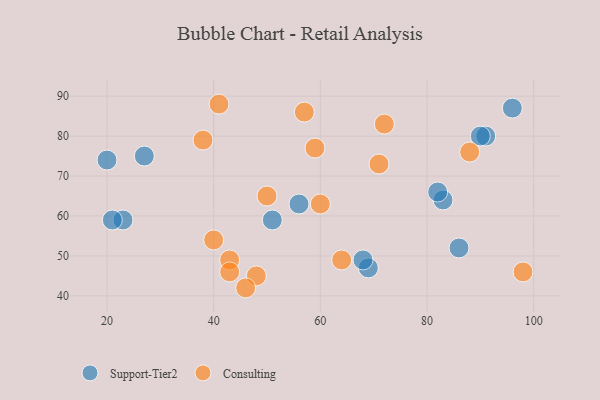
{"axis": {"x": "GDP", "y": "Life Expectancy"}, "legend": ["Consulting", "Support-Tier2"], "data": [{"x": "69", "y": 47, "type": "Support-Tier2"}, {"x": "86", "y": 52, "type": "Support-Tier2"}, {"x": "23", "y": 59, "type": "Support-Tier2"}, {"x": "91", "y": 80, "type": "Support-Tier2"}, {"x": "90", "y": 80, "type": "Support-Tier2"}, {"x": "68", "y": 49, "type": "Support-Tier2"}, {"x": "83", "y": 64, "type": "Support-Tier2"}, {"x": "96", "y": 87, "type": "Support-Tier2"}, {"x": "82", "y": 66, "type": "Support-Tier2"}, {"x": "56", "y": 63, "type": "Support-Tier2"}, {"x": "21", "y": 59, "type": "Support-Tier2"}, {"x": "51", "y": 59, "type": "Support-Tier2"}, {"x": "27", "y": 75, "type": "Support-Tier2"}, {"x": "20", "y": 74, "type": "Support-Tier2"}, {"x": "43", "y": 49, "type": "Consulting"}, {"x": "60", "y": 63, "type": "Consulting"}, {"x": "40", "y": 54, "type": "Consulting"}, {"x": "98", "y": 46, "type": "Consulting"}, {"x": "64", "y": 49, "type": "Consulting"}, {"x": "72", "y": 83, "type": "Consulting"}, {"x": "50", "y": 65, "type": "Consulting"}, {"x": "41", "y": 88, "type": "Consulting"}, {"x": "59", "y": 77, "type": "Consulting"}, {"x": "48", "y": 45, "type": "Consulting"}, {"x": "57", "y": 86, "type": "Consulting"}, {"x": "38", "y": 79, "type": "Consulting"}, {"x": "43", "y": 46, "type": "Consulting"}, {"x": "46", "y": 42, "type": "Consulting"}, {"x": "71", "y": 73, "type": "Consulting"}, {"x": "88", "y": 76, "type": "Consulting"}]}